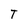
Character: T